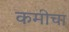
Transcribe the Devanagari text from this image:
कमीचा